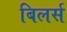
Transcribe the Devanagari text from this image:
बिलर्स